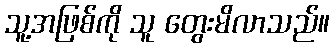
သူ့အဖြစ်ကို သူ တွေးမိလာသည်။